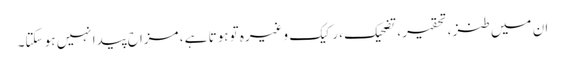
ان میں طنز ، تحقیر ، تضحیک ، رکیک وغیرہ تو ہوتا ہے ، مزاح پیدا نہیں ہو سکتا۔